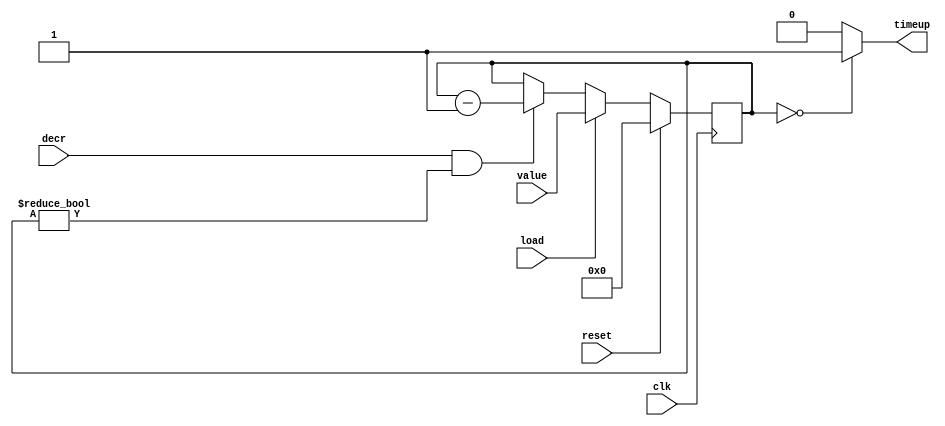
//
// Synthesizable counter module 
//

module counter(clk, reset, load, value, decr, timeup);
input clk, reset, load, decr;
input [7:0] value;
output timeup;

reg [7:0] count;

assign timeup = (count == 0) ? 1 : 0;

always @(posedge clk)
  begin
  if (reset)	
    count <= 0;
  else if (load)
  	begin
    count <= value;
    end
  else if (decr && (count != 0))
  	begin
    count <= count - 8'b1;
    end
  else
    count <= count;
  end  
endmodule